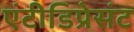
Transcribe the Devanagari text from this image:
एंटीडिप्रेसंट